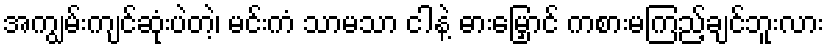
အကျွမ်းကျင်ဆုံးပဲတဲ့၊ မင်းကံ သာမသာ ငါနဲ့ ဓားမြှောင် ကစားမကြည့်ချင်ဘူးလား